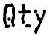
QTY